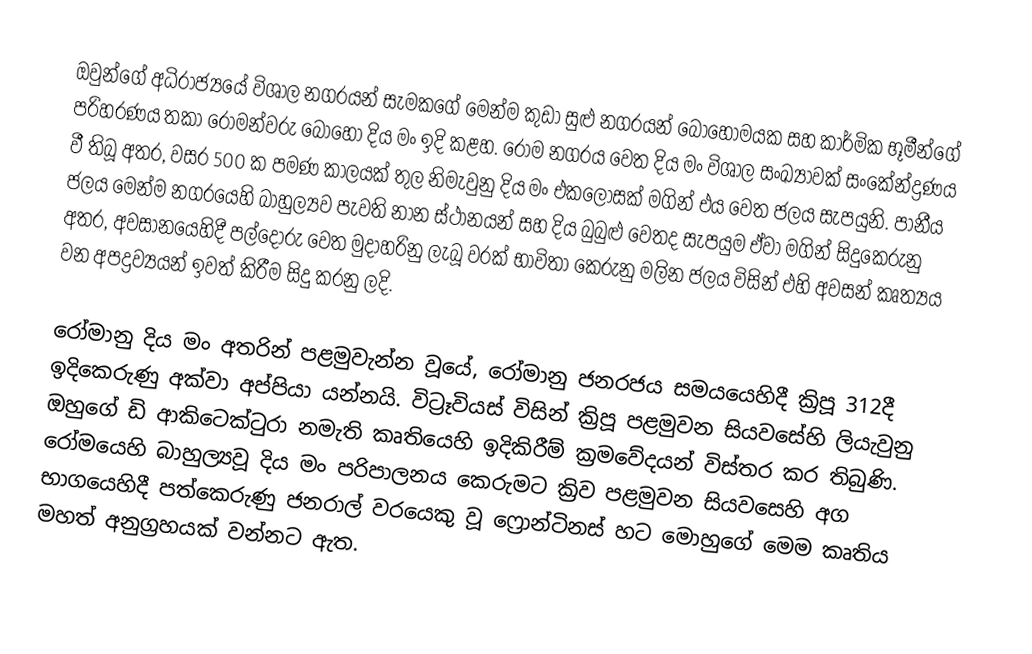
ඔවුන්ගේ අධිරාජ්‍යයේ විශාල නගරයන් සැමකගේ මෙන්ම කුඩා සුළු නගරයන් බොහෝමයක සහ කාර්මික භූමීන්ගේ පරිහරණය තකා රෝමන්වරු බොහෝ දිය මං ඉදි කළහ. රෝම නගරය වෙත දිය මං විශාල සංඛ්‍යාවක් සංකේන්ද්‍රණය වී තිබූ අතර, වසර 500 ක පමණ කාලයක් තුල නිමැවුනු දිය මං එකලොසක් මගින් එය වෙත ජලය සැපයුනි. පානීය ජලය මෙන්ම නගරයෙහි බාහුල්‍යව පැවති නාන ස්ථානයන් සහ දිය බුබුළු වෙතද සැපයුම ඒවා මගින් සිදුකෙරුනු අතර, අවසානයෙහිදී පල්දෝරු වෙත මුදාහරිනු ලැබූ වරක් භාවිතා කෙරුනු  මලින ජලය විසින් එහි අවසන් කෘත්‍යය වන අපද්‍රව්‍යයන් ඉවත් කිරීම සිදු කරනු ලදි.

රෝමානු දිය මං අතරින් පළමුවැන්න වූයේ,   රෝමානු ජනරජය සමයයෙහිදී ක්‍රිපූ 312දී ඉදිකෙරුණු අක්වා අප්පියා යන්නයි. විට්‍රෑවියස් විසින් ක්‍රිපූ පළමුවන සියවසේහි ලියැවුනු ඔහුගේ  ඩි ආකිටෙක්ටුරා නමැති කෘතියෙහි ඉදිකිරීම් ක්‍රමවේදයන් ‍විස්තර කර තිබුණි. රෝමයෙහි බාහුල්‍යවූ  දිය මං පරිපාලනය කෙරුමට ක්‍රිව පළමුවන සියවසෙහි අග භාගයෙහිදී පත්කෙරුණු  ජනරාල් වරයෙකු වූ ෆ්‍රොන්ටිනස් හට මොහුගේ මෙම කෘතිය මහත් අනුග්‍රහයක් වන්නට ඇත.